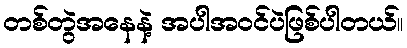
တစ်တွဲအနေနဲ့ အပါအဝင်ပဲဖြစ်ပါတယ်။